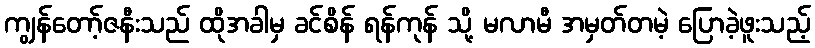
ကျွန်တော့်ဇနီးသည် ထိုအခါမှ ခင်စိန် ရန်ကုန် သို့ မလာမီ အမှတ်တမဲ့ ပြောခဲ့ဖူးသည့်